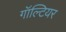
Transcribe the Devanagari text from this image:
गॉल्टियर